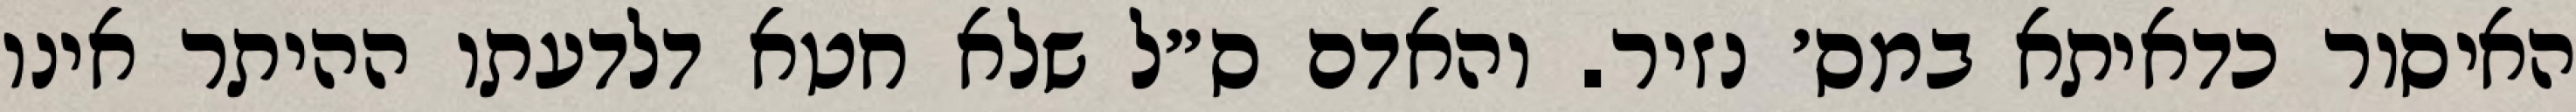
האיסור כדאיתא במס׳ נזיר. והאדם ס״ל שלא חטא דלדעתו ההיתר אינו